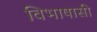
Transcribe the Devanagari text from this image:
विभाषासी